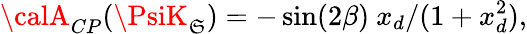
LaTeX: {\calA}_{CP}(\PsiK_{\mathfrak{S}})=-\sin(2\beta)\ x_{d}/(1+x_{d}^{2}),